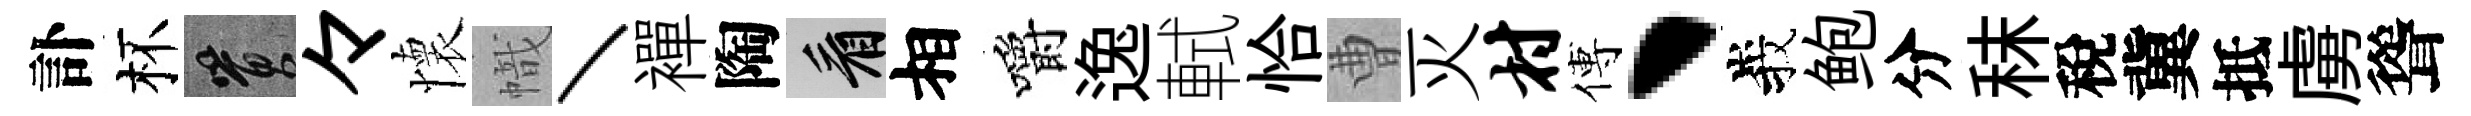
訃杯篔々懷幟丶襌陶看相嚼逸軾恰曹灭村傅、峩鲍分秣稅冀抵虜聳